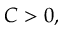
C > 0 ,